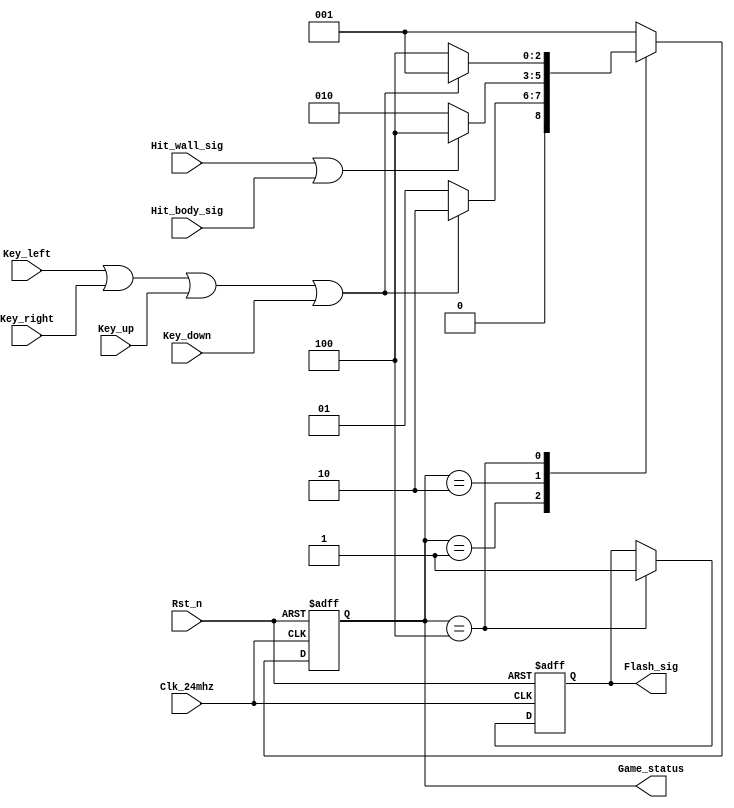
module Game_ctrl_module//,	
(
	input Clk_24mhz,
	input Rst_n,
	input Key_left,//
	input Key_right,//
	input Key_up,//
	input Key_down,//
	output reg  [2:0] Game_status,//3START001PLAY010END100
	input Hit_wall_sig,//
	input Hit_body_sig,//
	output reg Flash_sig//FLASH
);
	//3	
	parameter START = 3'b001;
	parameter  PLAY = 3'b010;
	parameter   END = 3'b100;

	always @ (posedge Clk_24mhz or negedge Rst_n)
	begin
		if(!Rst_n)
		begin
			Game_status <= START;;//START
			Flash_sig <= 1'd1;
		end
		else
		begin
			Game_status <= START;
			case(Game_status)//
				START://STARTPLAY
					begin	
						if(Key_left | Key_right | Key_up | Key_down)
						begin		
							Game_status <= PLAY;
						end
						else
							Game_status <= START;//
					end 
				PLAY://PLAYEND
					begin
						if(Hit_wall_sig | Hit_body_sig)
						begin		
							Game_status <= END;
						end
						else
							Game_status <= PLAY;
					end
				END://END
					begin
						if(Key_left | Key_right | Key_up | Key_down)
						begin
							Game_status <= START;
							Flash_sig <= 1'd1;//
						end
						else
						begin
							Game_status <= END;
							Flash_sig <= 1'd1;//
						end		
					end
			endcase
		end
	end
endmodule